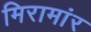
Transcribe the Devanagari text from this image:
मिरामांर